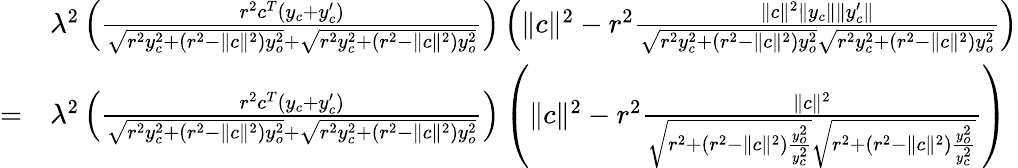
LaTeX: \begin{array}{rl}&{\lambda^{2}\left(\frac{r^{2}c^{T}(y_{c}+y_{c}^{\prime})}{\sqrt{r^{2}y_{c}^{2}+(r^{2}-\| c\| ^{2})y_{o}^{2}}+\sqrt{r^{2}y_{c}^{2}+(r^{2}-\| c\| ^{2})y_{o}^{2}}}\right)\left(\| c\| ^{2}-r^{2}\frac{\| c\| ^{2}\| y_{c}\| \| y_{c}^{\prime}\| }{\sqrt{r^{2}y_{c}^{2}+(r^{2}-\| c\| ^{2})y_{o}^{2}}\sqrt{r^{2}y_{c}^{2}+(r^{2}-\| c\| ^{2})y_{o}^{2}}}\right)}\\ {=}&{\lambda^{2}\left(\frac{r^{2}c^{T}(y_{c}+y_{c}^{\prime})}{\sqrt{r^{2}y_{c}^{2}+(r^{2}-\| c\| ^{2})y_{o}^{2}}+\sqrt{r^{2}y_{c}^{2}+(r^{2}-\| c\| ^{2})y_{o}^{2}}}\right)\left(\| c\| ^{2}-r^{2}\frac{\| c\| ^{2}}{\sqrt{r^{2}+(r^{2}-\| c\| ^{2})\frac{y_{o}^{2}}{y_{c}^{2}}}\sqrt{r^{2}+(r^{2}-\| c\| ^{2})\frac{y_{o}^{2}}{y_{c}^{2}}}}\right)}\end{array}